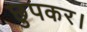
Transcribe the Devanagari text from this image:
छुपकर।